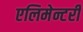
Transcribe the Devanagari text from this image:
एलिमेन्टरी